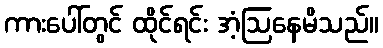
ကားပေါ်တွင် ထိုင်ရင်း အံ့ဩနေမိသည်။